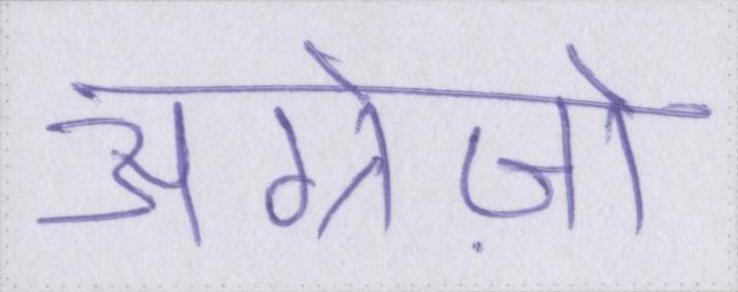
अंग्रेज़ो